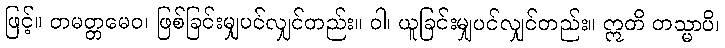
ဖြင့်။ တမတ္တမေဝ၊ ဖြစ်ခြင်းမျှပင်လျှင်တည်း။ ဝါ၊ ယူခြင်းမျှပင်လျှင်တည်း။ ဣတိ တသ္မာပိ၊